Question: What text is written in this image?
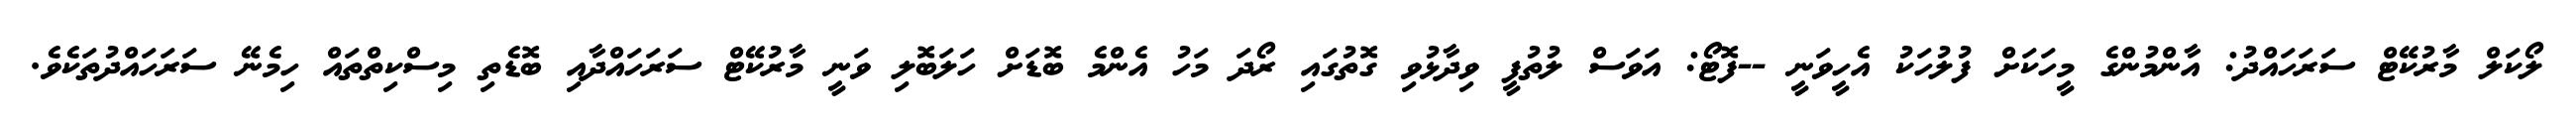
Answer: ލޯކަލް މާރުކޭޓް ސަރަހައްދު: އާންމުންގެ މީހަކަށް ފުލުހަކު އެހީވަނީ --ފޮޓޯ: އަވަސް ލުތުފީ ވިދާޅުވި ގޮތުގައި ރޯދަ މަހު އެންމެ ބޮޑަށް ހަލަބޮލި ވަނީ މާރުކޭޓް ސަރަހައްދާއި ބޮޑެތި މިސްކިތްތައް ހިމެނޭ ސަރަހައްދުތަކެވެ.